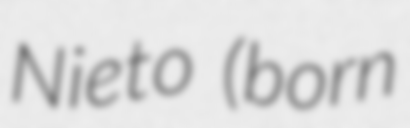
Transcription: Nieto (born